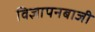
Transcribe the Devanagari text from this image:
विज्ञापनबाजी